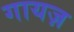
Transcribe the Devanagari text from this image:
गायज़